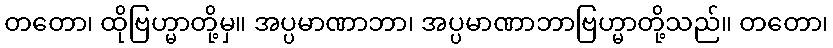
တတော၊ ထိုဗြဟ္မာတို့မှ။ အပ္ပမာဏာဘာ၊ အပ္ပမာဏာဘာဗြဟ္မာတို့သည်။ တတော၊